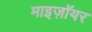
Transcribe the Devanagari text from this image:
माइज़ॉयर